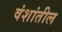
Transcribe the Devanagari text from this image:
वंशांतील